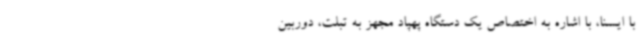
با ایسنا، با اشاره به اختصاص یک دستگاه پهپاد مجهز به تبلت، دوربین